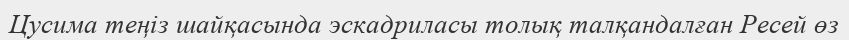
Цусима теңіз шайқасында эскадриласы толық талқандалған Ресей өз